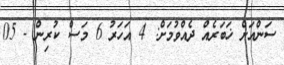
ސަންއަށް ޚަބަރެއް ދެއްވުމަށް: 4 އަހަރު 6 މަސް ކުރިން - 05